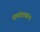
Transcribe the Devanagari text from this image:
सवंगड्यांना